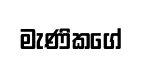
මැණිකගේ